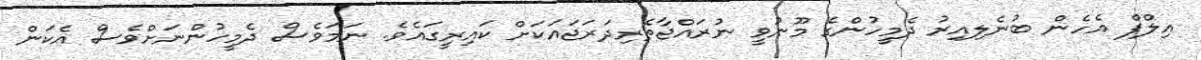
އިލްފް އެހެން ބުނެލިއިރު ދެމީހުންގެ މޫނުވީ ނުރައްޖާތެރިދަރަޖައަކަށް ކައިރީގައެވެ. ނަމަވެސް ދެމީހުންނަށްވެސް އެކަން